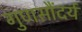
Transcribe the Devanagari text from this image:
गुणसौंदर्य